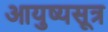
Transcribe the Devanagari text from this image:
आयुष्यसूत्र